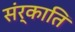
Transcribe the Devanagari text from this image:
संर्काति